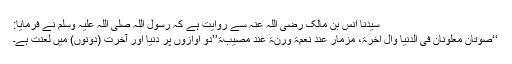
سیدنا انس بن مالک رضی اللہ عنہ سے روایت ہے کہ رسول اللہ صلی اللہ علیہ وسلم نے فرمایا:
‘‘صوتان معلونان فی الدنیا وال آخرۃ، مزمار عند نعمۃ ورنۃ عند مصیبۃ’’دو آوازوں پر دنیا اور آخرت (دونوں) میں لعنت ہے۔